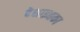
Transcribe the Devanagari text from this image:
देशाइतका